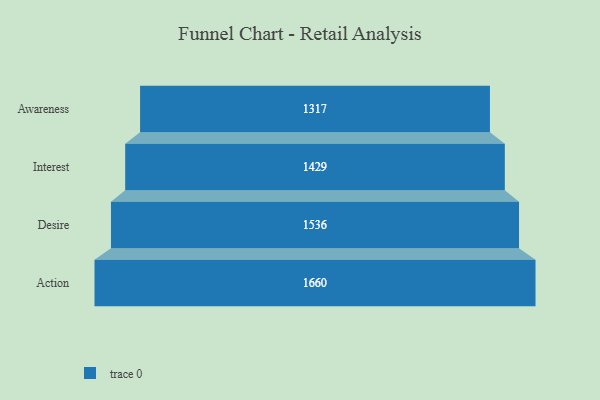
{"axis": {"x": "Stage", "y": "Value"}, "legend": [""], "data": [{"x": "Awareness", "y": 1317.0, "type": ""}, {"x": "Interest", "y": 1429.0, "type": ""}, {"x": "Desire", "y": 1536.0, "type": ""}, {"x": "Action", "y": 1660.0, "type": ""}]}